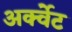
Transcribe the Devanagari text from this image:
अर्क्वेट